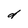
Character: d